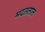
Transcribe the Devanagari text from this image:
मदतलाल